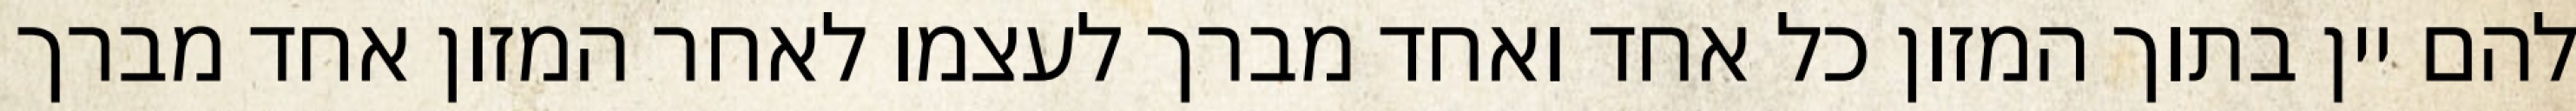
להם יין בתוך המזון כל אחד ואחד מברך לעצמו לאחר המזון אחד מברך